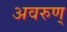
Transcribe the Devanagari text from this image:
अवरुण्